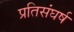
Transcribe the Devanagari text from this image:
प्रतिसंघर्ष